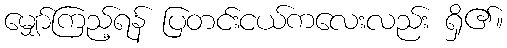
မျှော်ကြည့်ရန် ပြတင်းငယ်ကလေးလည်း ရှိ၏။